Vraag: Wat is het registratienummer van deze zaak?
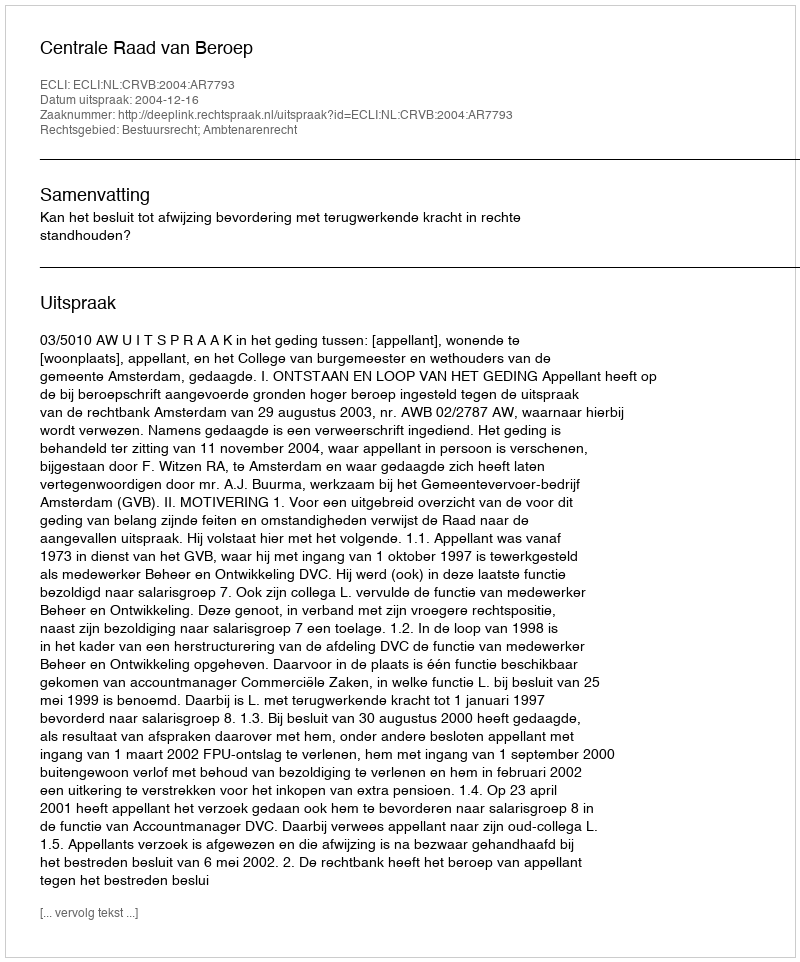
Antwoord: http://deeplink.rechtspraak.nl/uitspraak?id=ECLI:NL:CRVB:2004:AR7793